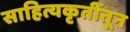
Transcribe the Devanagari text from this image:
साहित्यकृतींतून